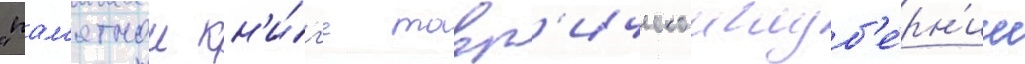
"пам'ятнои кн'и́г'е тавр'ическои губ'е́рн'ии